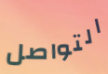
التواصل